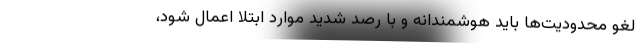
لغو محدودیت‌ها باید هوشمندانه و با رصد شدید موارد ابتلا اعمال شود،